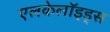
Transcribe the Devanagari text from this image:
एलकेलॉइड्स